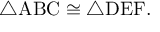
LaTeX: \triangle \mathrm { A B C } \cong \triangle \mathrm { D E F } .